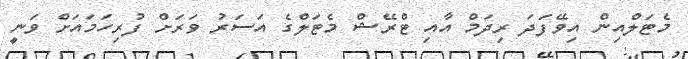
މެޓަލްއިން އިވޭފަދަ ރިދަމް އާއި ޓްރޭޝް މެޓަލްގެ އަސަރު ވަރަށް ފުރިހަމައަށް ވަނީ